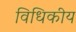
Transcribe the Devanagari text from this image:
विधिकीय